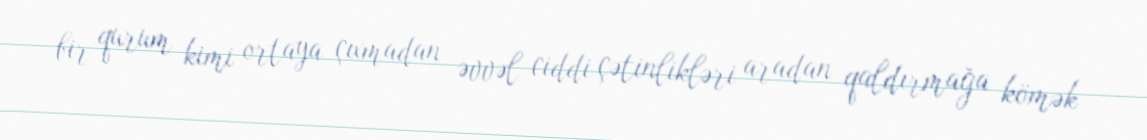
bir qurum kimi ortaya çıxmadan əvvəl ciddi çətinlikləri aradan qaldırmağa kömək